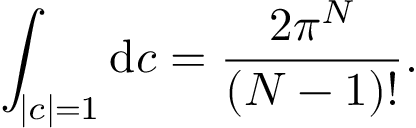
\int _ { | c | = 1 } \mathrm { d } c = { \frac { 2 \pi ^ { N } } { ( N - 1 ) ! } } .